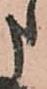
申